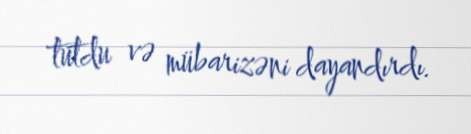
tutdu və mübarizəni dayandırdı.